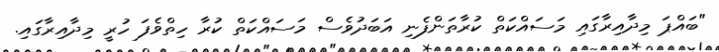
"ބައްޕަ މިދާއިރާގައި މަސައްކަތް ކުރާތަންފެނި އަބަދުވެސް މަސައްކަތް ކުރާ ހިތްވެފަ ހުރީ މިދާއިރާގައި.